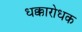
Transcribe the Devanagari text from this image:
धक्कारोधक